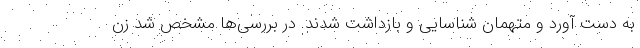
به دست آورد و متهمان شناسایی و بازداشت شدند. در بررسی‌ها مشخص شد زن